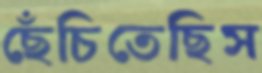
ছেঁচিতেছিস